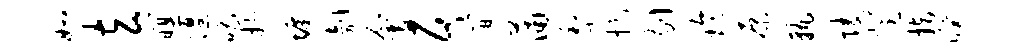
如玄暝偃唱抄墉剞会居间蒲梨捉剔玲原孰陵登指暌